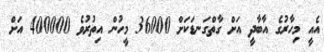
އެއީ މިހާރުގެ އާބާދީ އަށް ގާތްގަނޑަކަށް 36000 މީހުން އިތުރުވެ 400000 އަށް